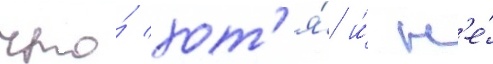
что́ хот'я́ и́ н'е́